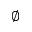
\emptyset